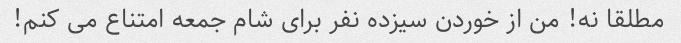
مطلقا نه! من از خوردن سیزده نفر برای شام جمعه امتناع می کنم!